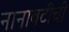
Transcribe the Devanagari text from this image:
नानावटींची